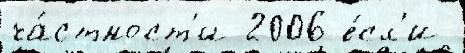
ча́стност'и 2006 е́сл'и